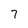
Character: 7